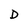
Character: D